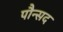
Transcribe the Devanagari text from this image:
पौन्सद